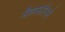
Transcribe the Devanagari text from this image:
मॅकफेरिनने